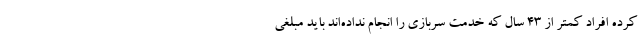
کرده افراد کمتر از 43 سال که خدمت سربازی را انجام نداده‌اند باید مبلغی